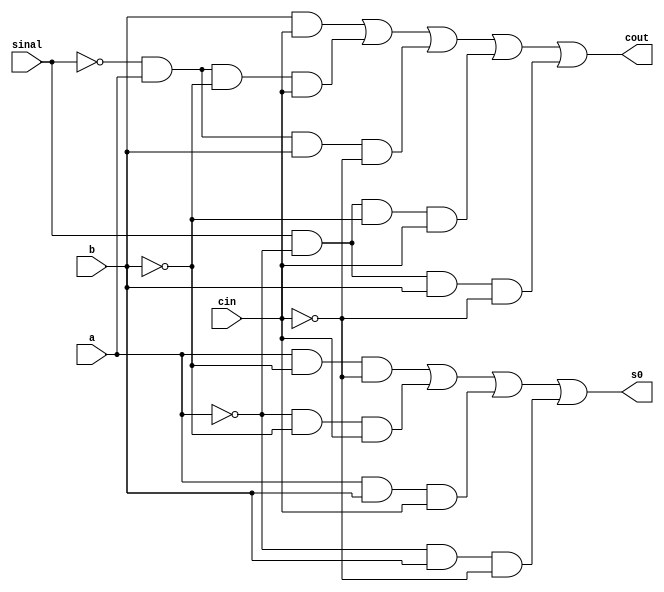
module somador_subtrator_complemto1b(sinal, a, b, cin, s0, cout);
	input a, b, cin, sinal;
	output s0, cout;
	
	wire [0:8] T;
	wire [0:3] inv;
	
	not nota(inv[0], a);
	not notb(inv[1], b);
	not notc(inv[2], cin);
	not nots(inv[3], sinal);
	
	//S = A!B!cin +!A!Bcin + ABcin + !AB!cin
	and and0(T[0], a, inv[1], inv[2]);
	and and1(T[1], inv[0], inv[1], cin);
	and and2(T[2], a, b, cin);
	and and3(T[3], inv[0], b, inv[2]);
	or or0(s0, T[0], T[1], T[2], T[3]);
	
	//Cout = Bcin + !sinalA!Bcin + !sinalAB!cin + sinal!A!Bcin + sinal!AB!cin
	and and4(T[4], b, cin);
	and and5(T[5], inv[3], a, inv[1], cin);
	and and6(T[6], inv[3], a, b, inv[2]);
	and and7(T[7], sinal, inv[0], inv[1], cin);
	and and8(T[8], sinal, inv[0], b, inv[2]);
	or or1(cout, T[4], T[5], T[6], T[7], T[8]);
	
endmodule